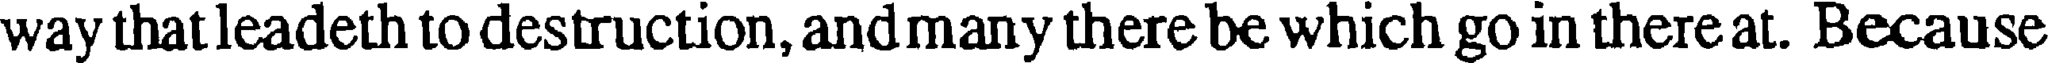
way that leadeth to destruction, and many there be which go in there at. Because